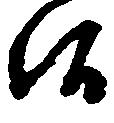
候